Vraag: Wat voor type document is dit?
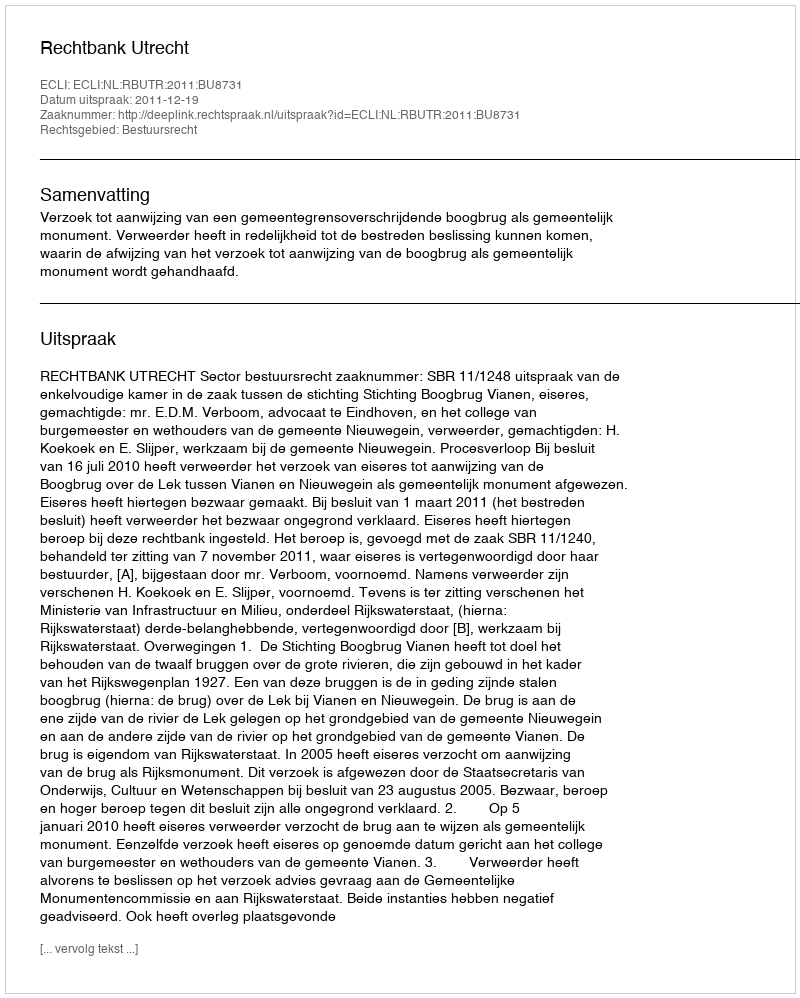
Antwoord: Uitspraak